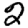
Digit: 2